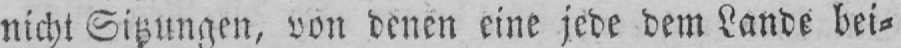
nicht Sitzungen, von denen eine jede dem Lande bei⸗